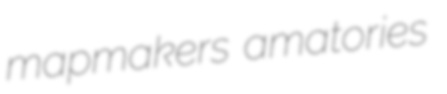
mapmakers amatories